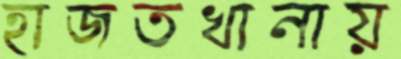
হাজতখানায়